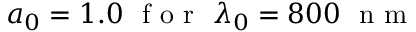
a _ { 0 } = 1 . 0 \ \textrm { f o r } \ \lambda _ { 0 } = 8 0 0 \ \textrm { n m }